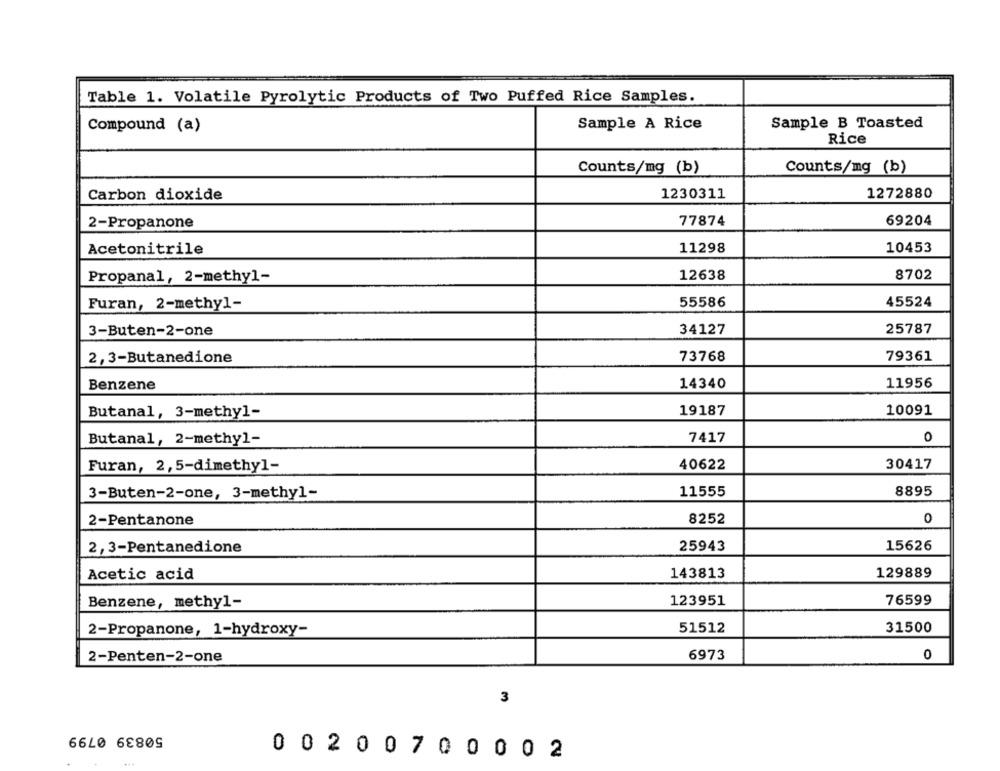
Table 1. Volatile Pyrolytic Products of Two Puffed Rice Samples.
Sample B Toasted
Compound (a)
Sample A Rice
Rice
Counts/mg (b)
Counts/mg (b)
1272880
Carbon dioxide
1230311
2-Propanone
77874
69204
10453
Acetonitrile
11298
Propanal, 2-methyl-
12638
8702
Furan, 2-methyl-
55586
45524
3-Buten-2-one
34127
25787
2,3-Butanedione
73768
79361
Benzene
14340
11956
Butanal, 3-methyl-
19187
10091
Butanal, 2-methyl-
7417
0
Furan, 2,5-dimethyl-
40622
30417
3-Buten-2-one, 3-methyl-
11555
8895
2-Pentanone
8252
0
25943
15626
2,3-Pentanedione
Acetic acid
143813
129889
123951
76599
Benzene, methyl-
2-Propanone, 1-hydroxy-
51512
31500
0
2-Penten-2-one
6973
3
50839 0799
0 02007 0 0 0 0 2